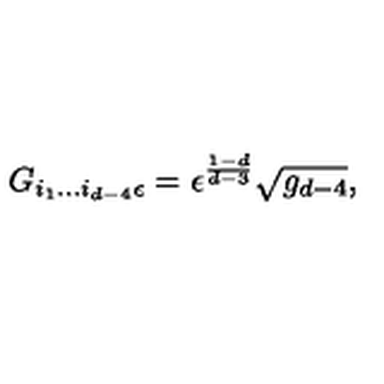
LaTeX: G _ { i _ { 1 } . . . i _ { d - 4 } \epsilon } = \epsilon ^ { \frac { 1 - d } { d - 3 } } \sqrt { g _ { d - 4 } } ,